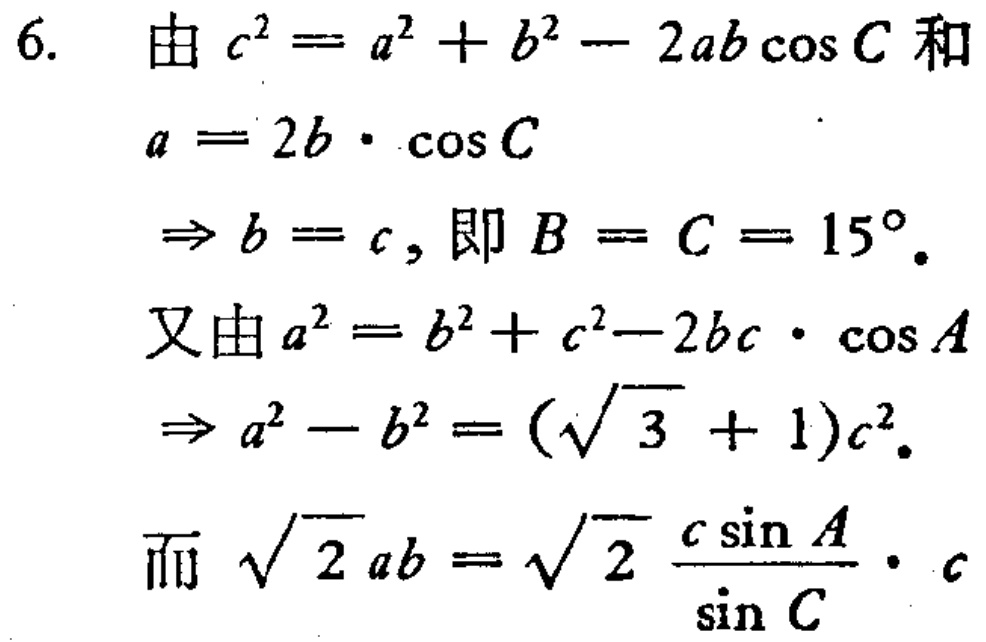
6. 由 \(c^{2}=a^{2}+b^{2}-2ab\cos C\) 和
\(a = 2b\cdot\cos C\)
\(\Rightarrow b = c\)，即 \(B = C = 15^{\circ}\)。
又由 \(a^{2}=b^{2}+c^{2}-2bc\cdot\cos A\)
\(\Rightarrow a^{2}-b^{2}=(\sqrt{3}+1)c^{2}\)。
而 \(\sqrt{2}ab=\sqrt{2}\frac{c\sin A}{\sin C}\cdot c\)